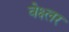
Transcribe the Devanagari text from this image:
वेक्ष्लर